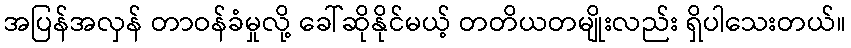
အပြန်အလှန် တာဝန်ခံမှုလို့ ခေါ်ဆိုနိုင်မယ့် တတိယတမျိုးလည်း ရှိပါသေးတယ်။